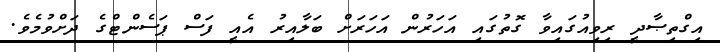
އިގްތިޞާދީ ރިވިއުގައިވާ ގޮތުގައި އަހަރުން އަހަރަށް ބަލާއިރު އެއީ ފަސް ޕަސެންޓްގެ ދަށްވުމެވެ.